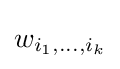
w_{i_{1},\dots ,i_{k}}